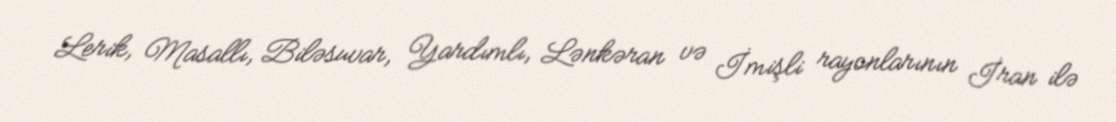
Lerik, Masallı, Biləsuvar, Yardımlı, Lənkəran və İmişli rayonlarının İran ilə